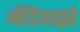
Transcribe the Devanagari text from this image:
मीडियाद्वारे